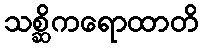
သစ္ဆိကရောထာတိ